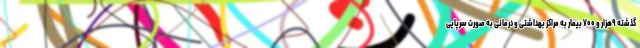
گذشته ۹هزار و ۷۰۰ بیمار به مراکز بهداشتی و درمانی به صورت سرپایی